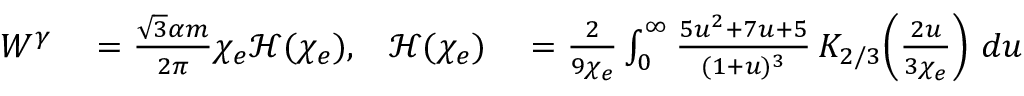
\begin{array} { r l r l } { W ^ { \gamma } } & { { } = \frac { \sqrt { 3 } \alpha m } { 2 \pi } \chi _ { e } \mathcal { H } ( \chi _ { e } ) , } & { \mathcal { H } ( \chi _ { e } ) } & { { } = \frac { 2 } { 9 \chi _ { e } } \int _ { 0 } ^ { \infty } \frac { 5 u ^ { 2 } + 7 u + 5 } { ( 1 + u ) ^ { 3 } } \, K _ { 2 / 3 } \! \left( \frac { 2 u } { 3 \chi _ { e } } \right) \, d u } \end{array}